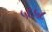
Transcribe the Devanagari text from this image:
५६५८